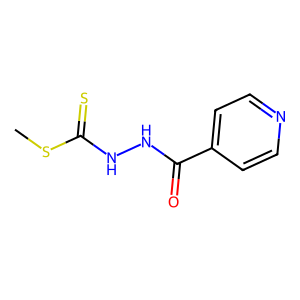
SMILES: CSC(=S)NNC(=O)c1ccncc1
Inhibits HIV replication: No